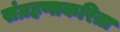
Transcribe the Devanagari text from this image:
संग्रहणाकरिता